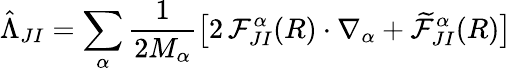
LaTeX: \hat{\Lambda}_{JI}=\sum_{\alpha}\frac{1}{2M_{\alpha}}\big[2\, \mathcal{F}_{JI}^{\alpha}(R)\cdot\nabla_{\alpha}+\widetilde{\mathcal{F}}_{JI}^{\alpha}(R)\big]